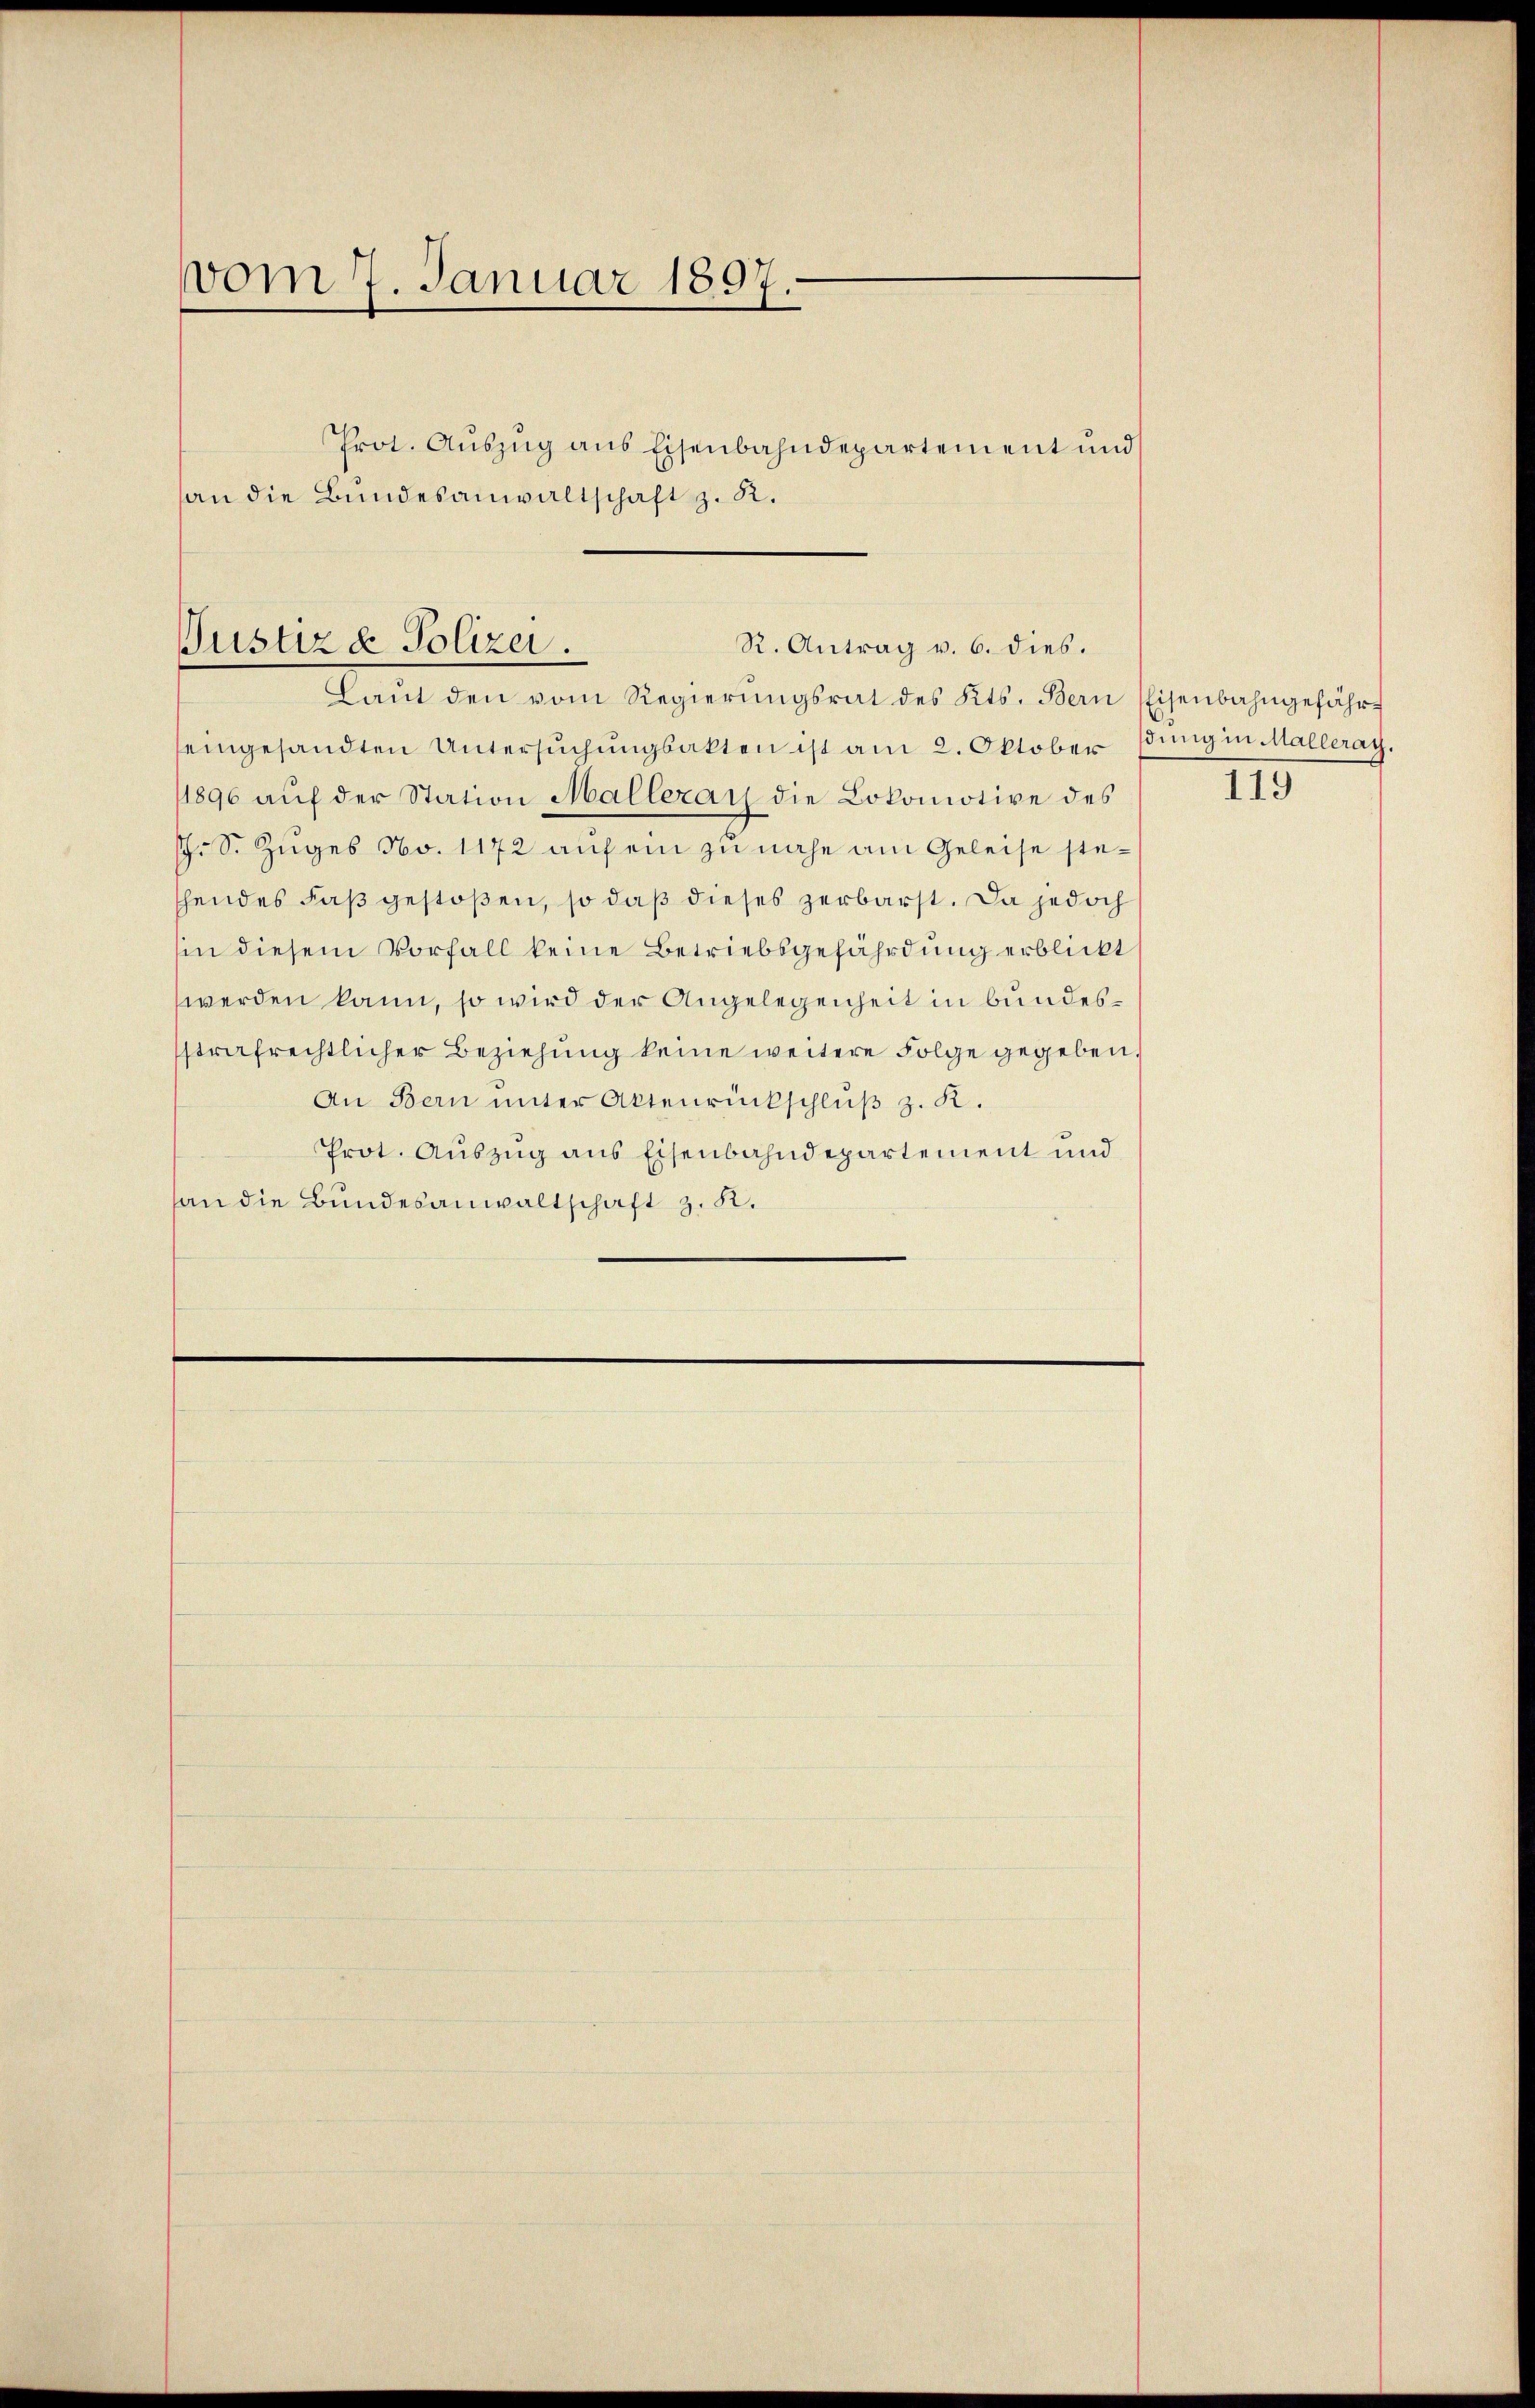
vom 7. Januar 1897.
Prot. Aŭszŭg ans Eisenbahndepartement und
an die Bundesanwaltschaft z. R.

Justiz & Polizei.
R. Antrag v. 6. dies.
Laŭt den vom Regierŭngsrat des Kts. Bern Eisenbahngefähr¬

seingesandten Untersuchungsakten ist am 2. Oktober (dung in alleray.
(1896 aŭf der Station Malleray die Lokomotive des
s. S. Zuges No. 1172 auf ein zu nahe am Geleise stethendes Faß gestoßen, so daß dieses zerbarst. Da jedoch
hin diesem Vorfall keine Betriebsgefährdung erblickt
werden kann, so wird der Angelegenheit in bundesstrafrechtlicher Beziehung keine weitere Folge gegeben.
An Bern unter Aktenrückschlŭβ z. R.
Prot. Auszug aus Eisenbahndepartement und
an die Bundesanwaltschaft z. B.

119